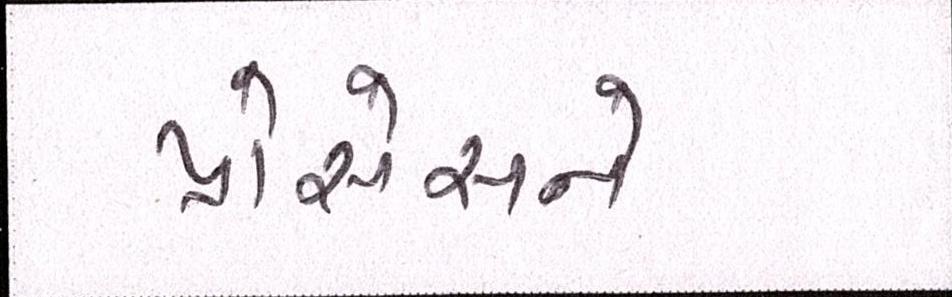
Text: પ્રોસેસને